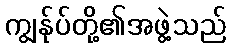
ကျွန်ုပ်တို့၏အဖွဲ့သည်